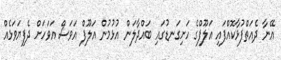
އޭނާ ދެއަތްފުޅާކޮއްފައި އަލޫފްގެ ހަށިގަނޑުގައި ބައްދާލަން އުޅުމުން އަލޫފް އަވަސް އަވަހަށް ދެފިޔަވަޅެއް